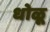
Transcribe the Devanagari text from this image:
धोळू